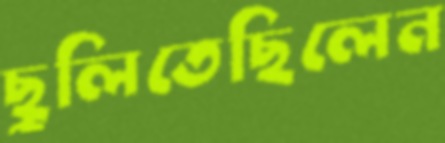
ছুলিতেছিলেন